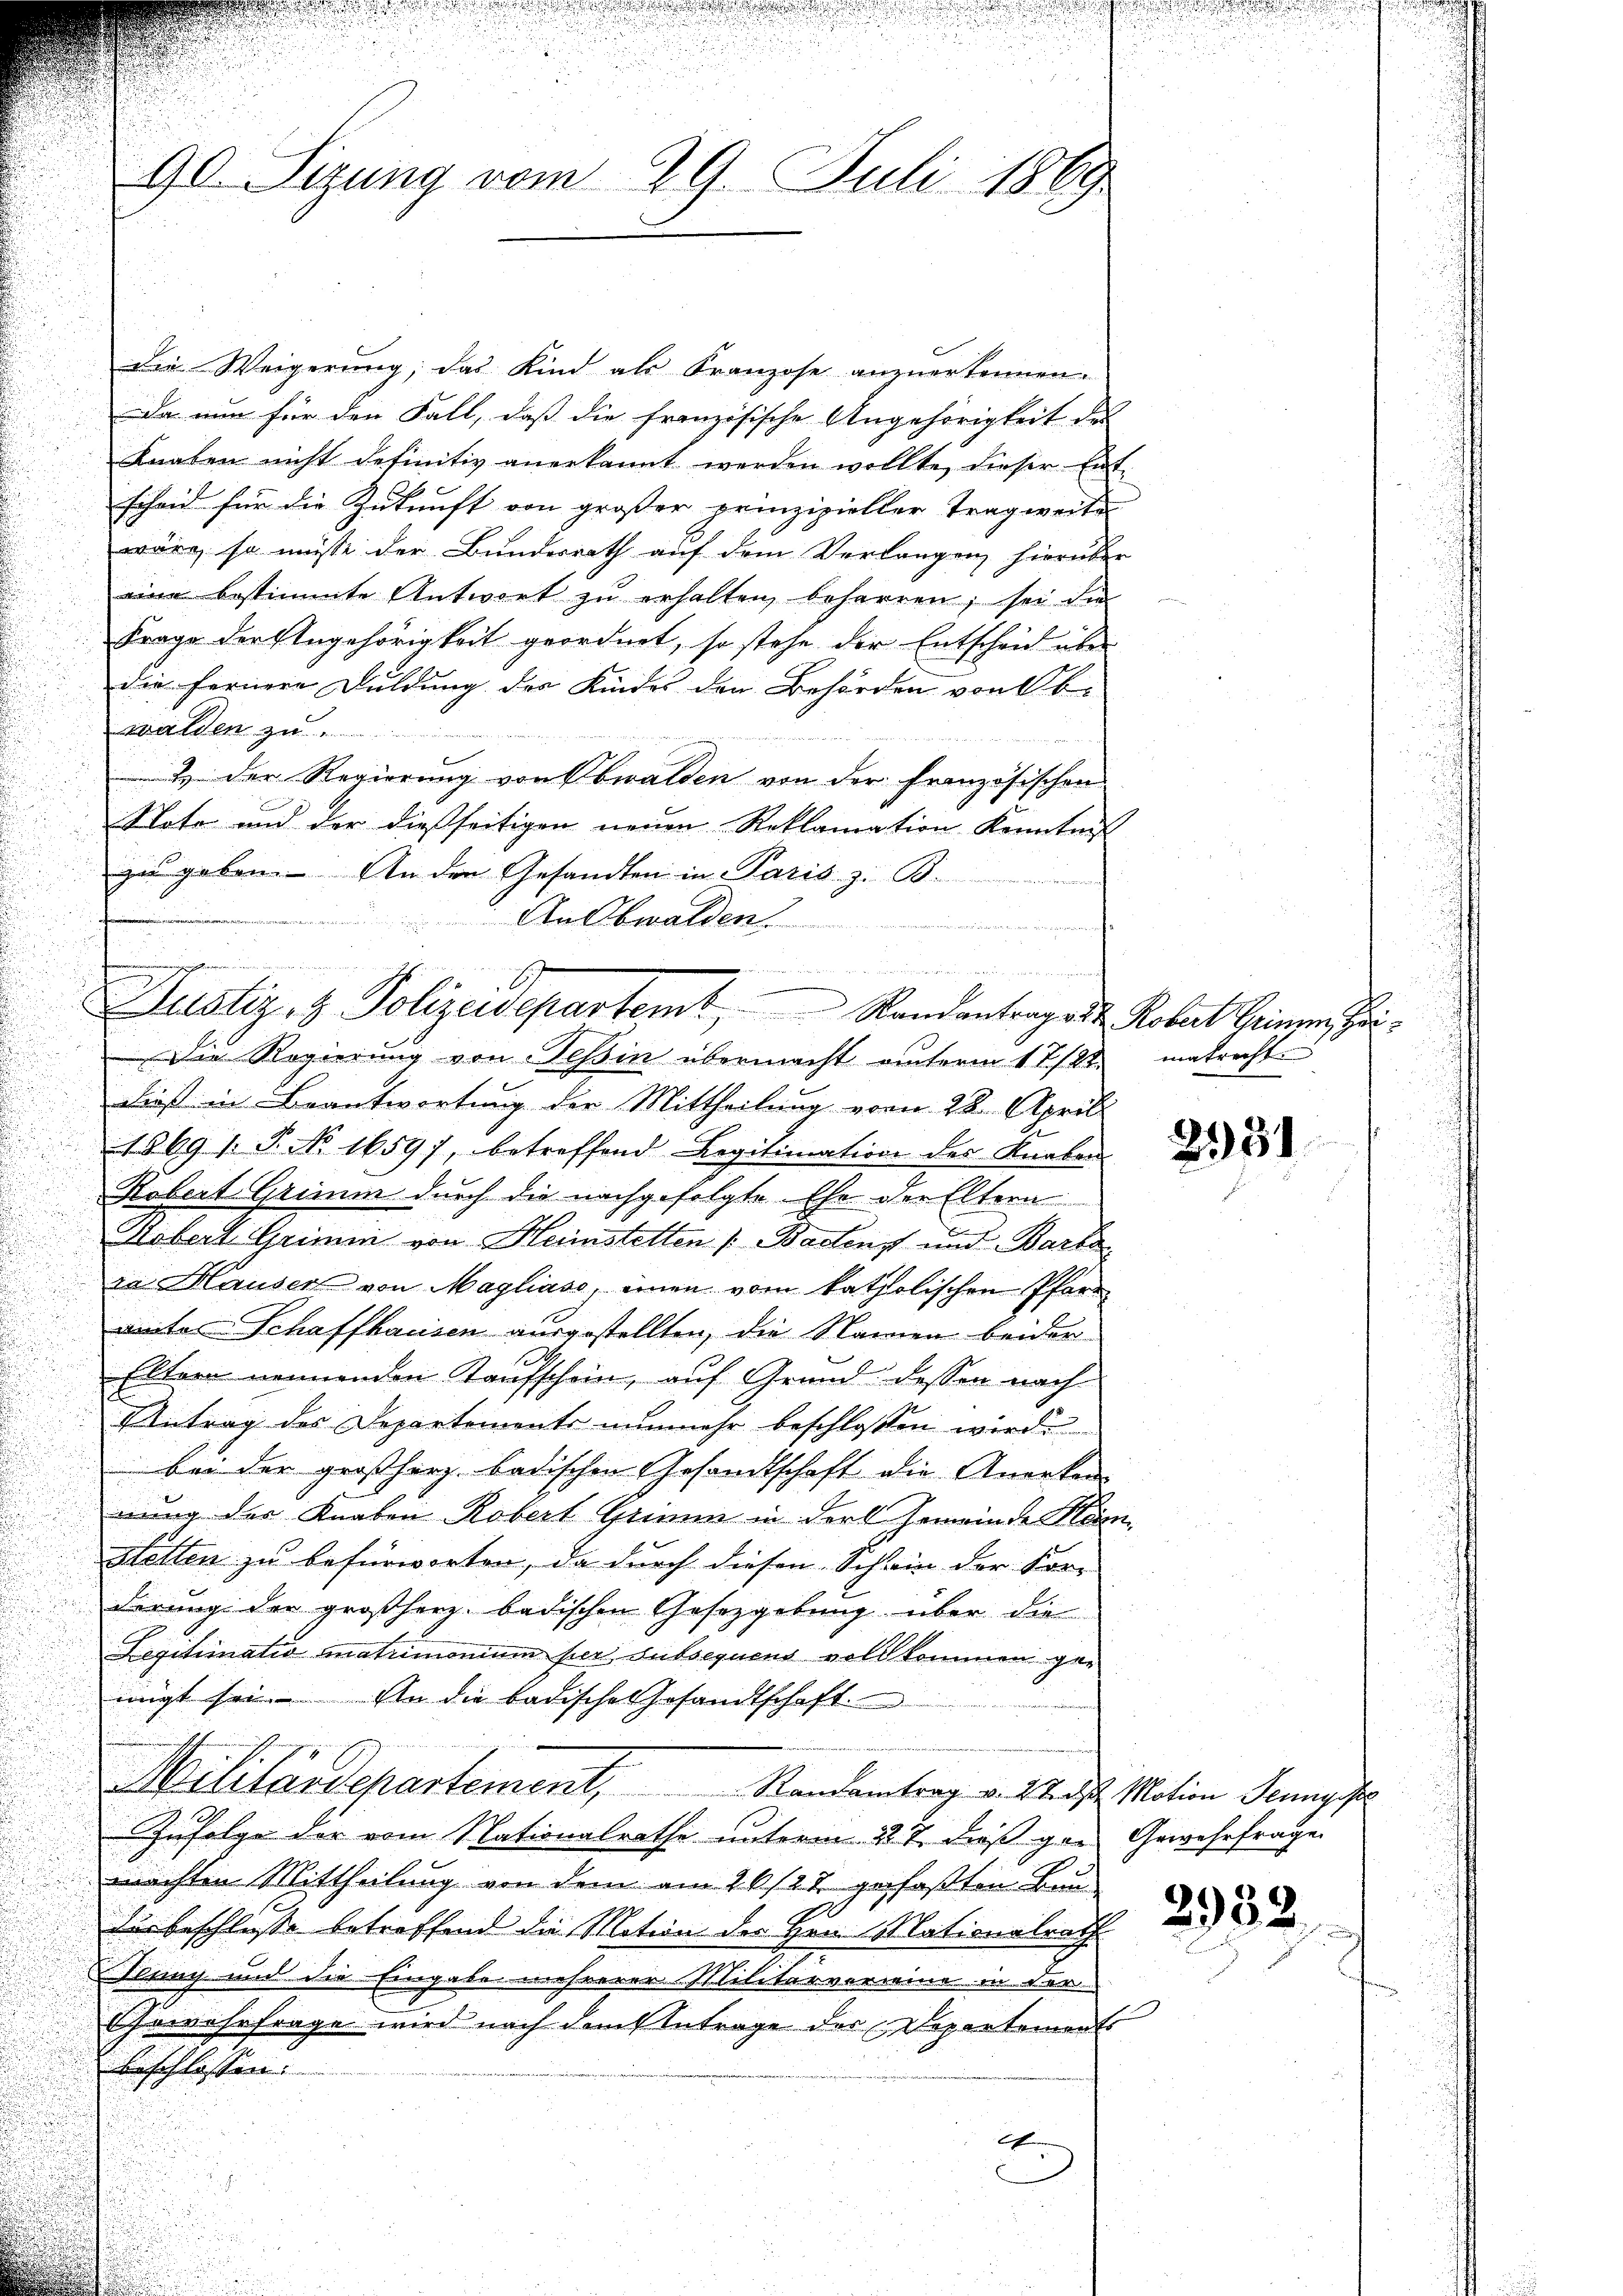
die Weigerung, das Kind als Franzose anzuerkennen.
Da nun für den Fall, daß die französische Angehörigkeit des
Knaben nicht definitiv anerkannt werden wollte, dieser Ent-
scheid für die Zukunft von großer prinzipieller Tragweite
wäre, so müsse der Bundesrath auf dem Verlangen hierüber
eine bestimmte Antwort zŭ erhalten beharren, sei die
Frage der Angehörigkeit geordnet, so stehe der Entscheid über
die fernere Duldung des Kindes den Behörden von 8 b
walden zu
& der Regierung von Obwalden von der französischen
Note und der dießseitigen neuen Reklamation Kenntnis
zu geben. An den Gesandten in Paris. z. B.
An Obwalden.
Die Regierung von Tessin übermacht unterm 17/22. matrecht.
Dieß in Beantwortung der Mittheilung vom 22. April
1869 1: P. No 16597, betreffend Legitimation des Knaben
Robert Grimm durch die nachgefolgte Ehe der Eltern
Mobert Grimm von Heristetten (Bastens und Barta
da Hauser von Magliass, einen vom katholischen Pfarr
ainter Schaffhausen ausgestellten, die Namen beider
Eltern nennenden Taufschein, auf Grund dessen nach
Antrag des Departements nunmehr beschlossen wird.
bei der großherz badischen Gesandtschaft die Anerken
nung der Knaben Robert Grien in der Gemeinde Numstetten zu befürworten, da durch diesen Schein der Kor-
derung der großherz. badischen Gesetzgebung über die
Legitimatio matrimonium per subsequens vollkommen gewigt sei. An die badische Gesandtschaft
Militärdepartement, Randantrag v. Straße Notion Jungfr
Zufolge der vom Nationalrathe unterm 22. 7. dieß gar Gewehrfrage
machten Mittheilung von dem am 26/27 gefaßten Bundus beschlusse betreffend die Motion der Herrn Mationalrath
Teung und die Eingabe mehrerer Militärvermine in der
rwehrfrage wird nach dem Antrage der Departements
beschlossen:
2

u

e

90. Sitzung vom 29. Juli 1869

a
Justiz- & Polizeidepartemt, Randantrages Kobert Heinen Hei¬

2331

2932.